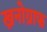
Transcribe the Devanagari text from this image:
ख्रनोग्राफ